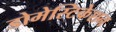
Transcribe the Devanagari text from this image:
डोमेस्टिकेशन